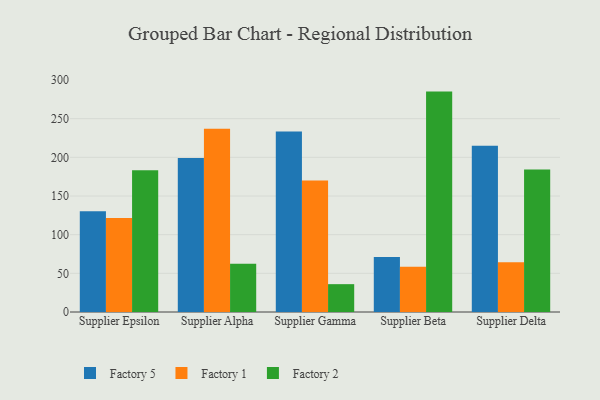
{"axis": {"x": "Supplier", "y": "Operating Costs (USD K)"}, "legend": ["Factory 1", "Factory 2", "Factory 5"], "data": [{"x": "Supplier Epsilon", "y": 130.2, "type": "Factory 5"}, {"x": "Supplier Epsilon", "y": 121.6, "type": "Factory 1"}, {"x": "Supplier Epsilon", "y": 183.2, "type": "Factory 2"}, {"x": "Supplier Alpha", "y": 199.1, "type": "Factory 5"}, {"x": "Supplier Alpha", "y": 237.0, "type": "Factory 1"}, {"x": "Supplier Alpha", "y": 62.3, "type": "Factory 2"}, {"x": "Supplier Gamma", "y": 233.5, "type": "Factory 5"}, {"x": "Supplier Gamma", "y": 169.9, "type": "Factory 1"}, {"x": "Supplier Gamma", "y": 36.0, "type": "Factory 2"}, {"x": "Supplier Beta", "y": 71.2, "type": "Factory 5"}, {"x": "Supplier Beta", "y": 58.4, "type": "Factory 1"}, {"x": "Supplier Beta", "y": 285.0, "type": "Factory 2"}, {"x": "Supplier Delta", "y": 215.0, "type": "Factory 5"}, {"x": "Supplier Delta", "y": 64.4, "type": "Factory 1"}, {"x": "Supplier Delta", "y": 184.4, "type": "Factory 2"}]}